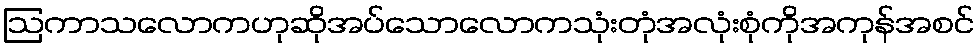
ဩကာသလောကဟုဆိုအပ်သောလောကသုံးတုံအလုံးစုံကိုအကုန်အစင်